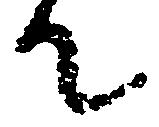
て